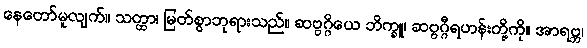
နေတော်မူလျက်။ သတ္ထာ၊ မြတ်စွာဘုရားသည်။ ဆဗ္ဗဂ္ဂိယေ ဘိက္ခူ၊ ဆဗ္ဗဂ္ဂီရဟန်းတို့ကို။ အာရဗ္ဘ၊